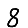
Digit: 8